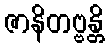
ဇာနိတဗ္ဗန္တိ